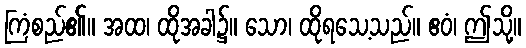
ကြံစည်၏။ အထ၊ ထိုအခါ၌။ သော၊ ထိုရသေ့သည်။ ဧဝံ၊ ဤသို့။